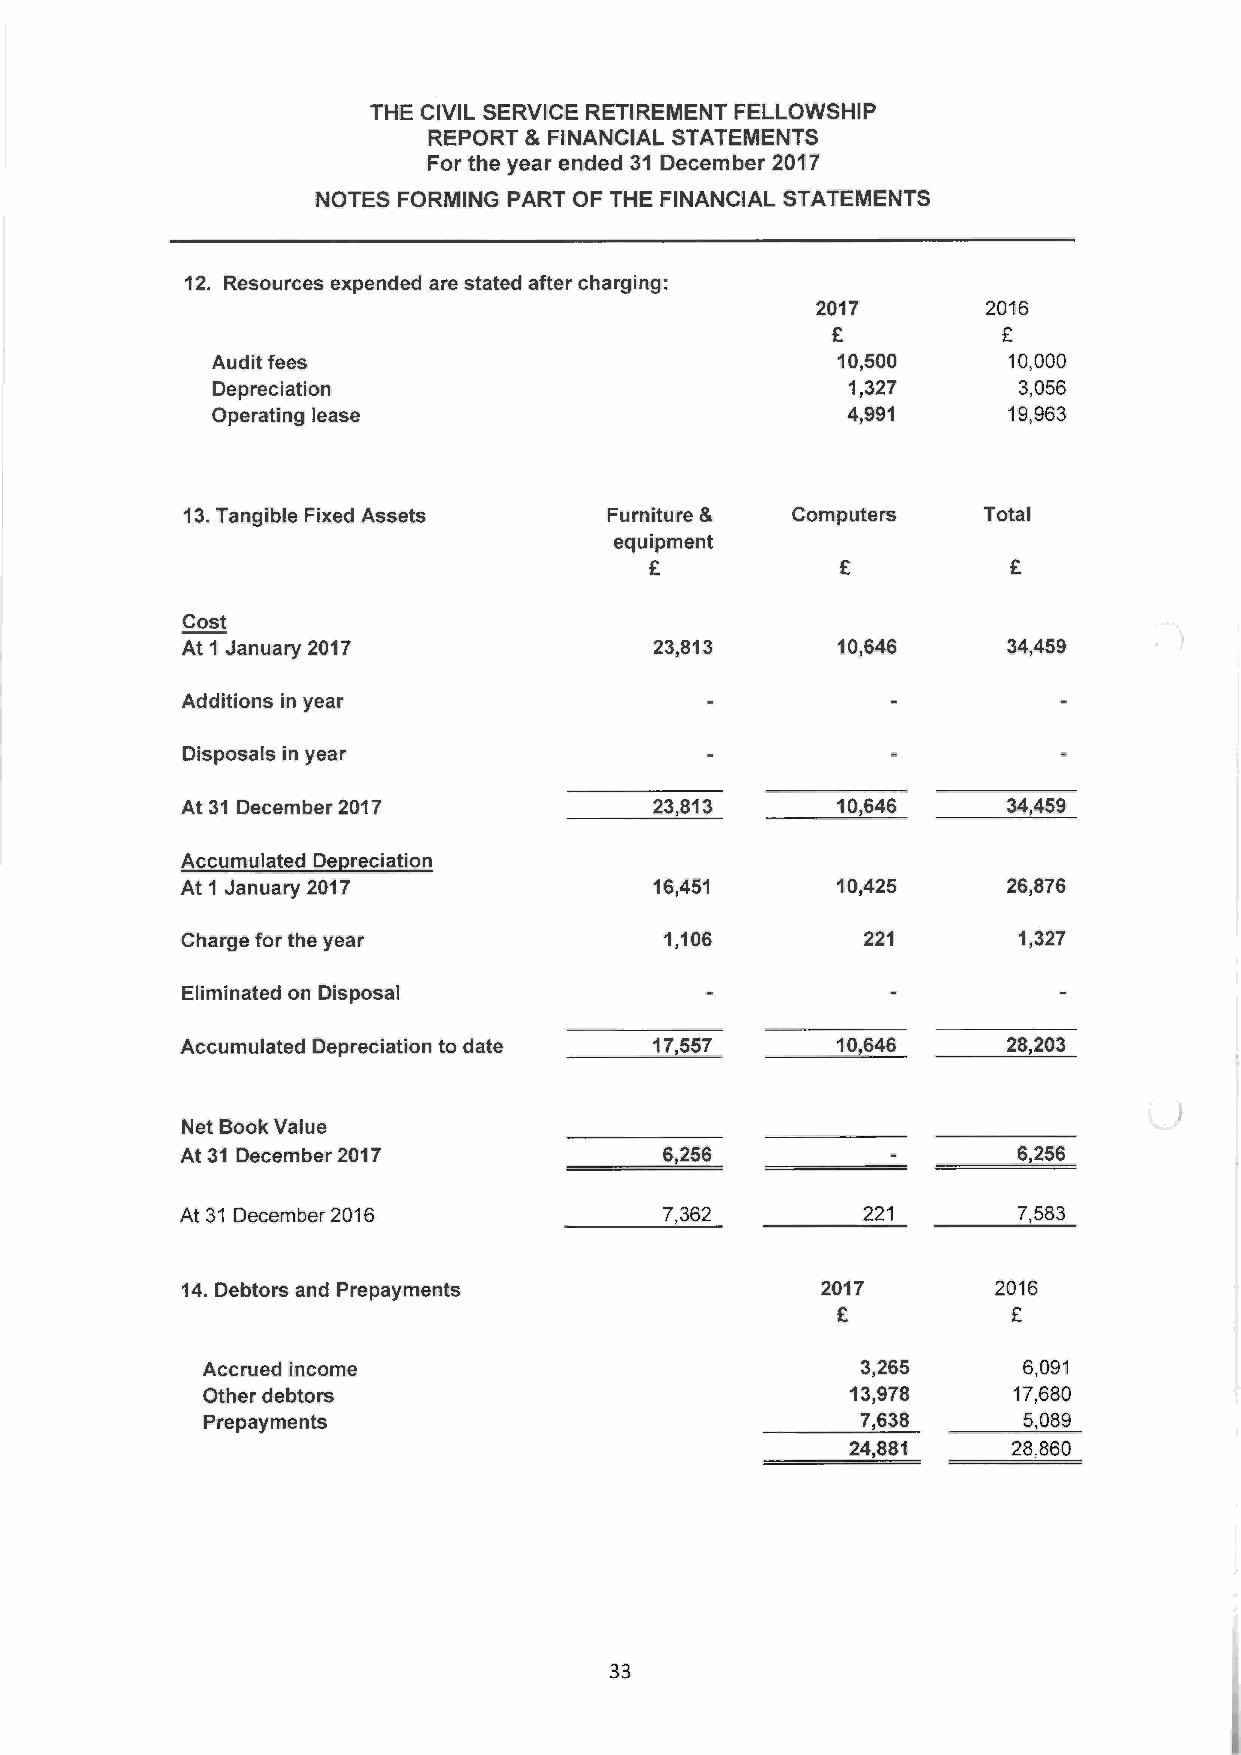
THE CIVIL SERVICE RETIREMENT FELLOWSHIP
 REPORT &FINANCIAL STATEMENTS
 For the year ended 31 December 2017
 NOTES FORMING PART OF THE FINANCIAL STATEMENTS
 12. Resources expended are stated after charging:
 2017       2016
 £          £
 Audit fees                               10,500      10,000
 Depreciation                              1,327      3,0 56
 Operating lease                           4,991      19,963
 13. Tangible Fixed Assets   Furniture & Computers    Total
 equipment
 £           £           £
 Cost
 At 1 January 2017              23,813      10,646      34,459
 Additions in year
 Disposals in year
 At 31 December 2017            23,813      10,646      34,459
 Accumulated Depreciation
 At 1 January 2017              16,451      10,425      26,876
 Charge for the year             1,106        221       1,327
 Eliminated on Disposal
 Accumulated Depreciation to date 17,557    10,646      28,203
 Net Book Value
 At 31 December 2017             6,256          -       6,256
 At 31 December 2016             7,362        221       7,583
 14. Debtors and Prepayments               2017        2016
 £           £
 Accrued income                              3,265      6,091
 Other debtors                              13,978     17,680
 Prepayments                                 7,638      5,089
 24,881     28,860
 33